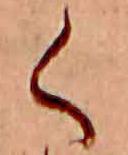
く